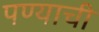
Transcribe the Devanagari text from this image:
पण्याची